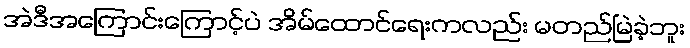
အဲဒီအကြောင်းကြောင့်ပဲ အိမ်ထောင်ရေးကလည်း မတည်မြဲခဲ့ဘူး